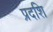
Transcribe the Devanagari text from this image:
प्रदशि